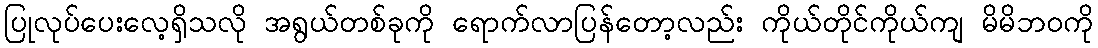
ပြုလုပ်ပေးလေ့ရှိသလို အရွယ်တစ်ခုကို ရောက်လာပြန်တော့လည်း ကိုယ်တိုင်ကိုယ်ကျ မိမိဘဝကို